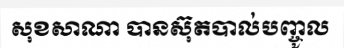
សុខសាណា បានស៊ុតបាល់បញ្ចូល